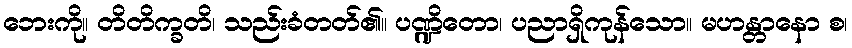
ဘေးကို။ တိတိက္ခတိ၊ သည်းခံတတ်၏။ ပဏ္ဍိတော၊ ပညာရှိကုန်သော။ မဟန္တာနော စ၊